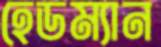
হেডম্যান